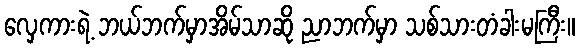
လှေကားရဲ့ ဘယ်ဘက်မှာအိမ်သာဆို ညာဘက်မှာ သစ်သားတံခါးမကြီး။